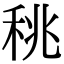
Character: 䄻